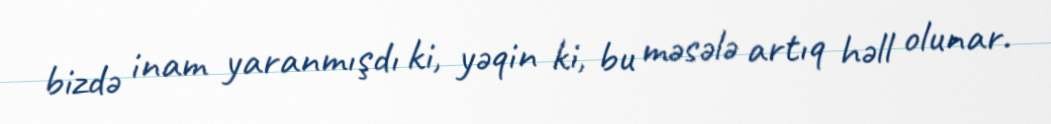
bizdə inam yaranmışdı ki, yəqin ki, bu məsələ artıq həll olunar.